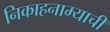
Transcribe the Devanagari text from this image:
निकाहनाम्याची